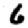
Digit: 6